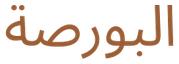
البورصة